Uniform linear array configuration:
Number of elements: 4
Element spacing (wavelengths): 0.75
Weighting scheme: kaiser
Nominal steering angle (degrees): -45
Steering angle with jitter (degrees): -43.352
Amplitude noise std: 0.05
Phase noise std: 0.05

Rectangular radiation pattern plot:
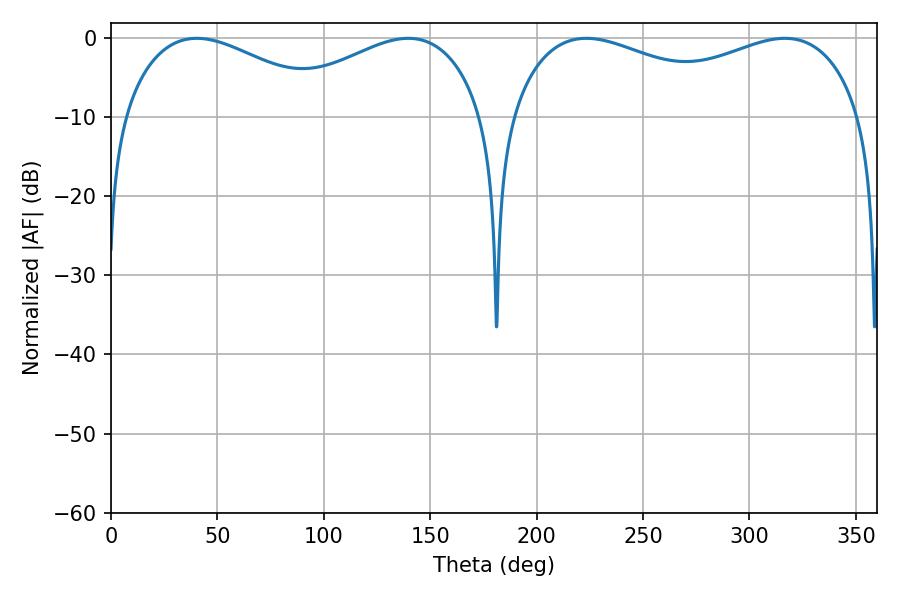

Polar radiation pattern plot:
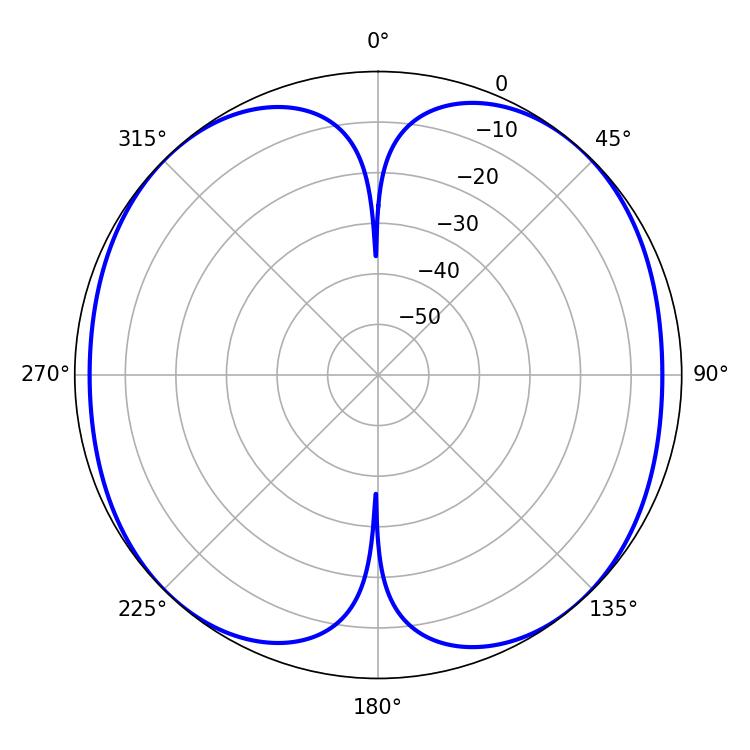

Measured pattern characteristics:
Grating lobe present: TRUE
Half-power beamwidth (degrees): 54.9
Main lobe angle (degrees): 40.32